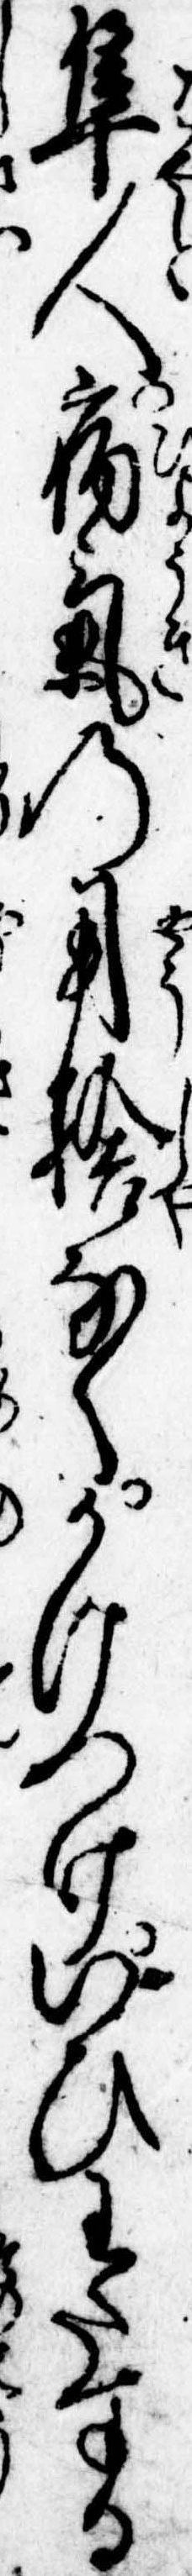
隼人病気の用捨なくかけつけいひわたする